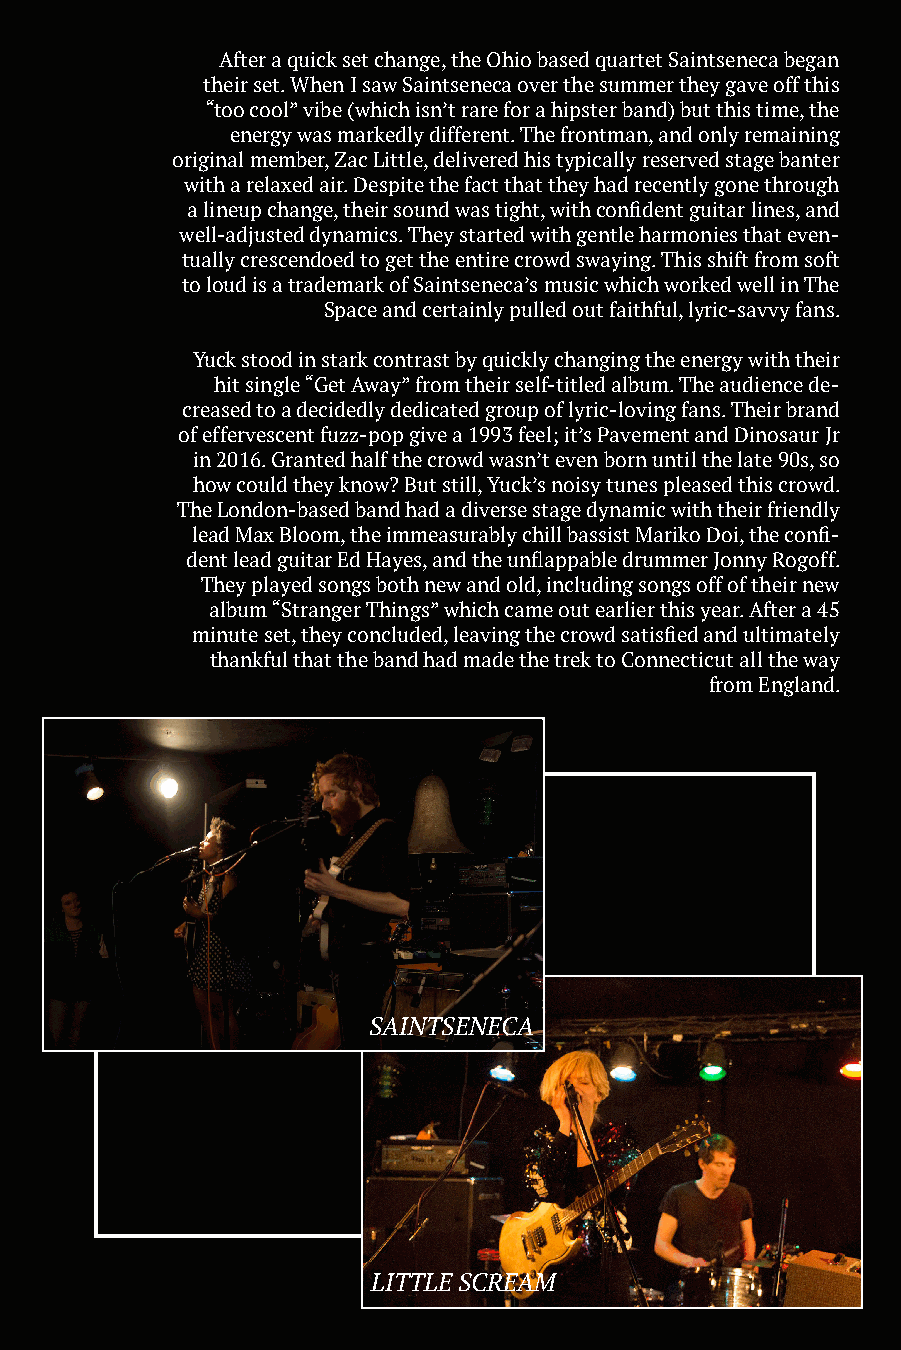
After a quick set change, the Ohio based quartet Saintseneca began
 their set. When I saw Saintseneca over the summer they gave off this
 “too cool” vibe (which isn’t rare for a hipster band) but this time, the
 energy was markedly different. The frontman, and only remaining
 original member, Zac Little, delivered his typically reserved stage banter
 with a relaxed air. Despite the fact that they had recently gone through
 a lineup change, their sound was tight, with confident guitar lines, and
 well-adjusted dynamics. They started with gentle harmonies that even-
 tually crescendoed to get the entire crowd swaying. This shift from soft
 to loud is a trademark of Saintseneca’s music which worked well in The
 Space and certainly pulled out faithful, lyric-savvy fans.
 Yuck stood in stark contrast by quickly changing the energy with their
 hit single “Get Away” from their self-titled album. The audience de-
 creased to a decidedly dedicated group of lyric-loving fans. Their brand
 of effervescent fuzz-pop give a 1993 feel; it’s Pavement and Dinosaur Jr
 in 2016. Granted half the crowd wasn’t even born until the late 90s, so
 how could they know? But still, Yuck’s noisy tunes pleased this crowd.
 The London-based band had a diverse stage dynamic with their friendly
 lead Max Bloom, the immeasurably chill bassist Mariko Doi, the confi-
 dent lead guitar Ed Hayes, and the unflappable drummer Jonny Rogoff.
 They played songs both new and old, including songs off of their new
 album “Stranger Things” which came out earlier this year. After a 45
 minute set, they concluded, leaving the crowd satisfied and ultimately
 thankful that the band had made the trek to Connecticut all the way
 from England.
 SAINTSENECA
 LITTLE SCREAM